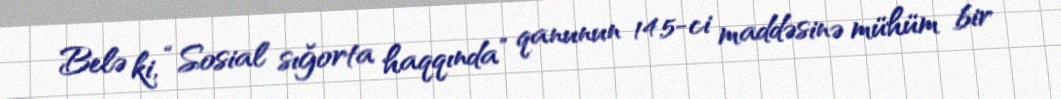
Belə ki, “Sosial sığorta haqqında” qanunun 14.5-ci maddəsinə mühüm bir